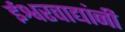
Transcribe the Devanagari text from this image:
ईश्वरवाद्यांनी